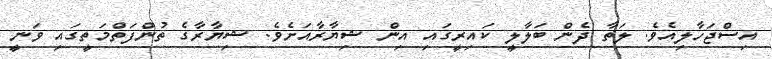
އިސްޖަހާލިއެވެ. ލަތާ ދެން ބަލާލީ ކައިރީގައި އިން ޝިޔާރާއަށެވެ. ޝިޔާރާގެ ތުންފަތްމަތީގައި ވަނީ